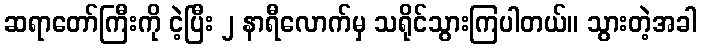
ဆရာတော်ကြီးကို ငဲ့ပြီး ၂ နာရီလောက်မှ သရိုင်သွားကြပါတယ်။ သွားတဲ့အခါ